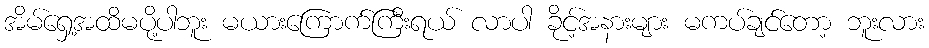
အိမ်ရှေ့အထိမပို့ပါဘူး မယားကြောက်ကြီးရယ် လာပါ ခိုင့်အနားများ မကပ်ချင်တော့ ဘူးလား